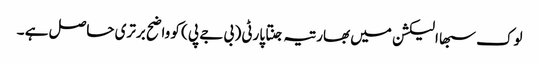
لوک سبھا الیکشن میں بھارتیہ جنتا پارٹی ( بی جے پی ) کو واضح برتری حاصل ہے ۔